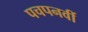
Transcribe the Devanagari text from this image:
पचपनवीं